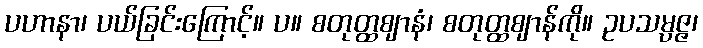
ပဟာနာ၊ ပယ်ခြင်းကြောင့်။ ပ။ စတုတ္ထဈာနံ၊ စတုတ္ထဈာန်ကို။ ဥပသမ္ပဇ္ဇ၊